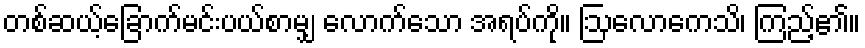
တစ်ဆယ့်ခြောက်မင်းပယ်စာမျှ လောက်သော အရပ်ကို။ ဩလောကေသိ၊ ကြည့်၏။